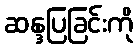
ဆန္ဒပြခြင်းကို